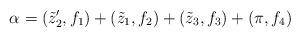
LaTeX: \begin{align*} \alpha =(\tilde{z}'_2,f_1)+(\tilde{z}_1,f_2)+(\tilde{z}_3,f_3)+(\pi,f_4)\end{align*}